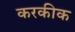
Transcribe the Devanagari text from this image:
करकीक